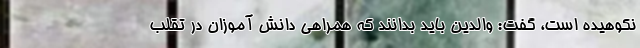
نکوهیده است، گفت: والدین باید بدانند که همراهی دانش آموزان در تقلب